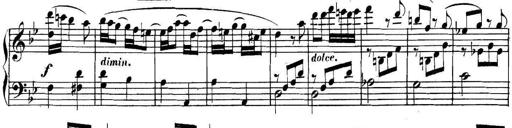
Title: Collected Piano Sonatas
Composer: Muzio Clementi